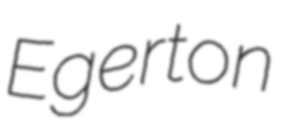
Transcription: Egerton